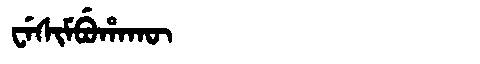
Manchu: ᠸᡝᠰᡳᠮᠪᡠᡥᠠᡴᡡ
Romanization: WESIMBUHAKŪ